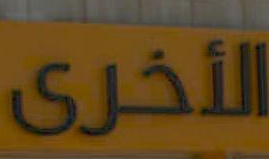
الأخرى